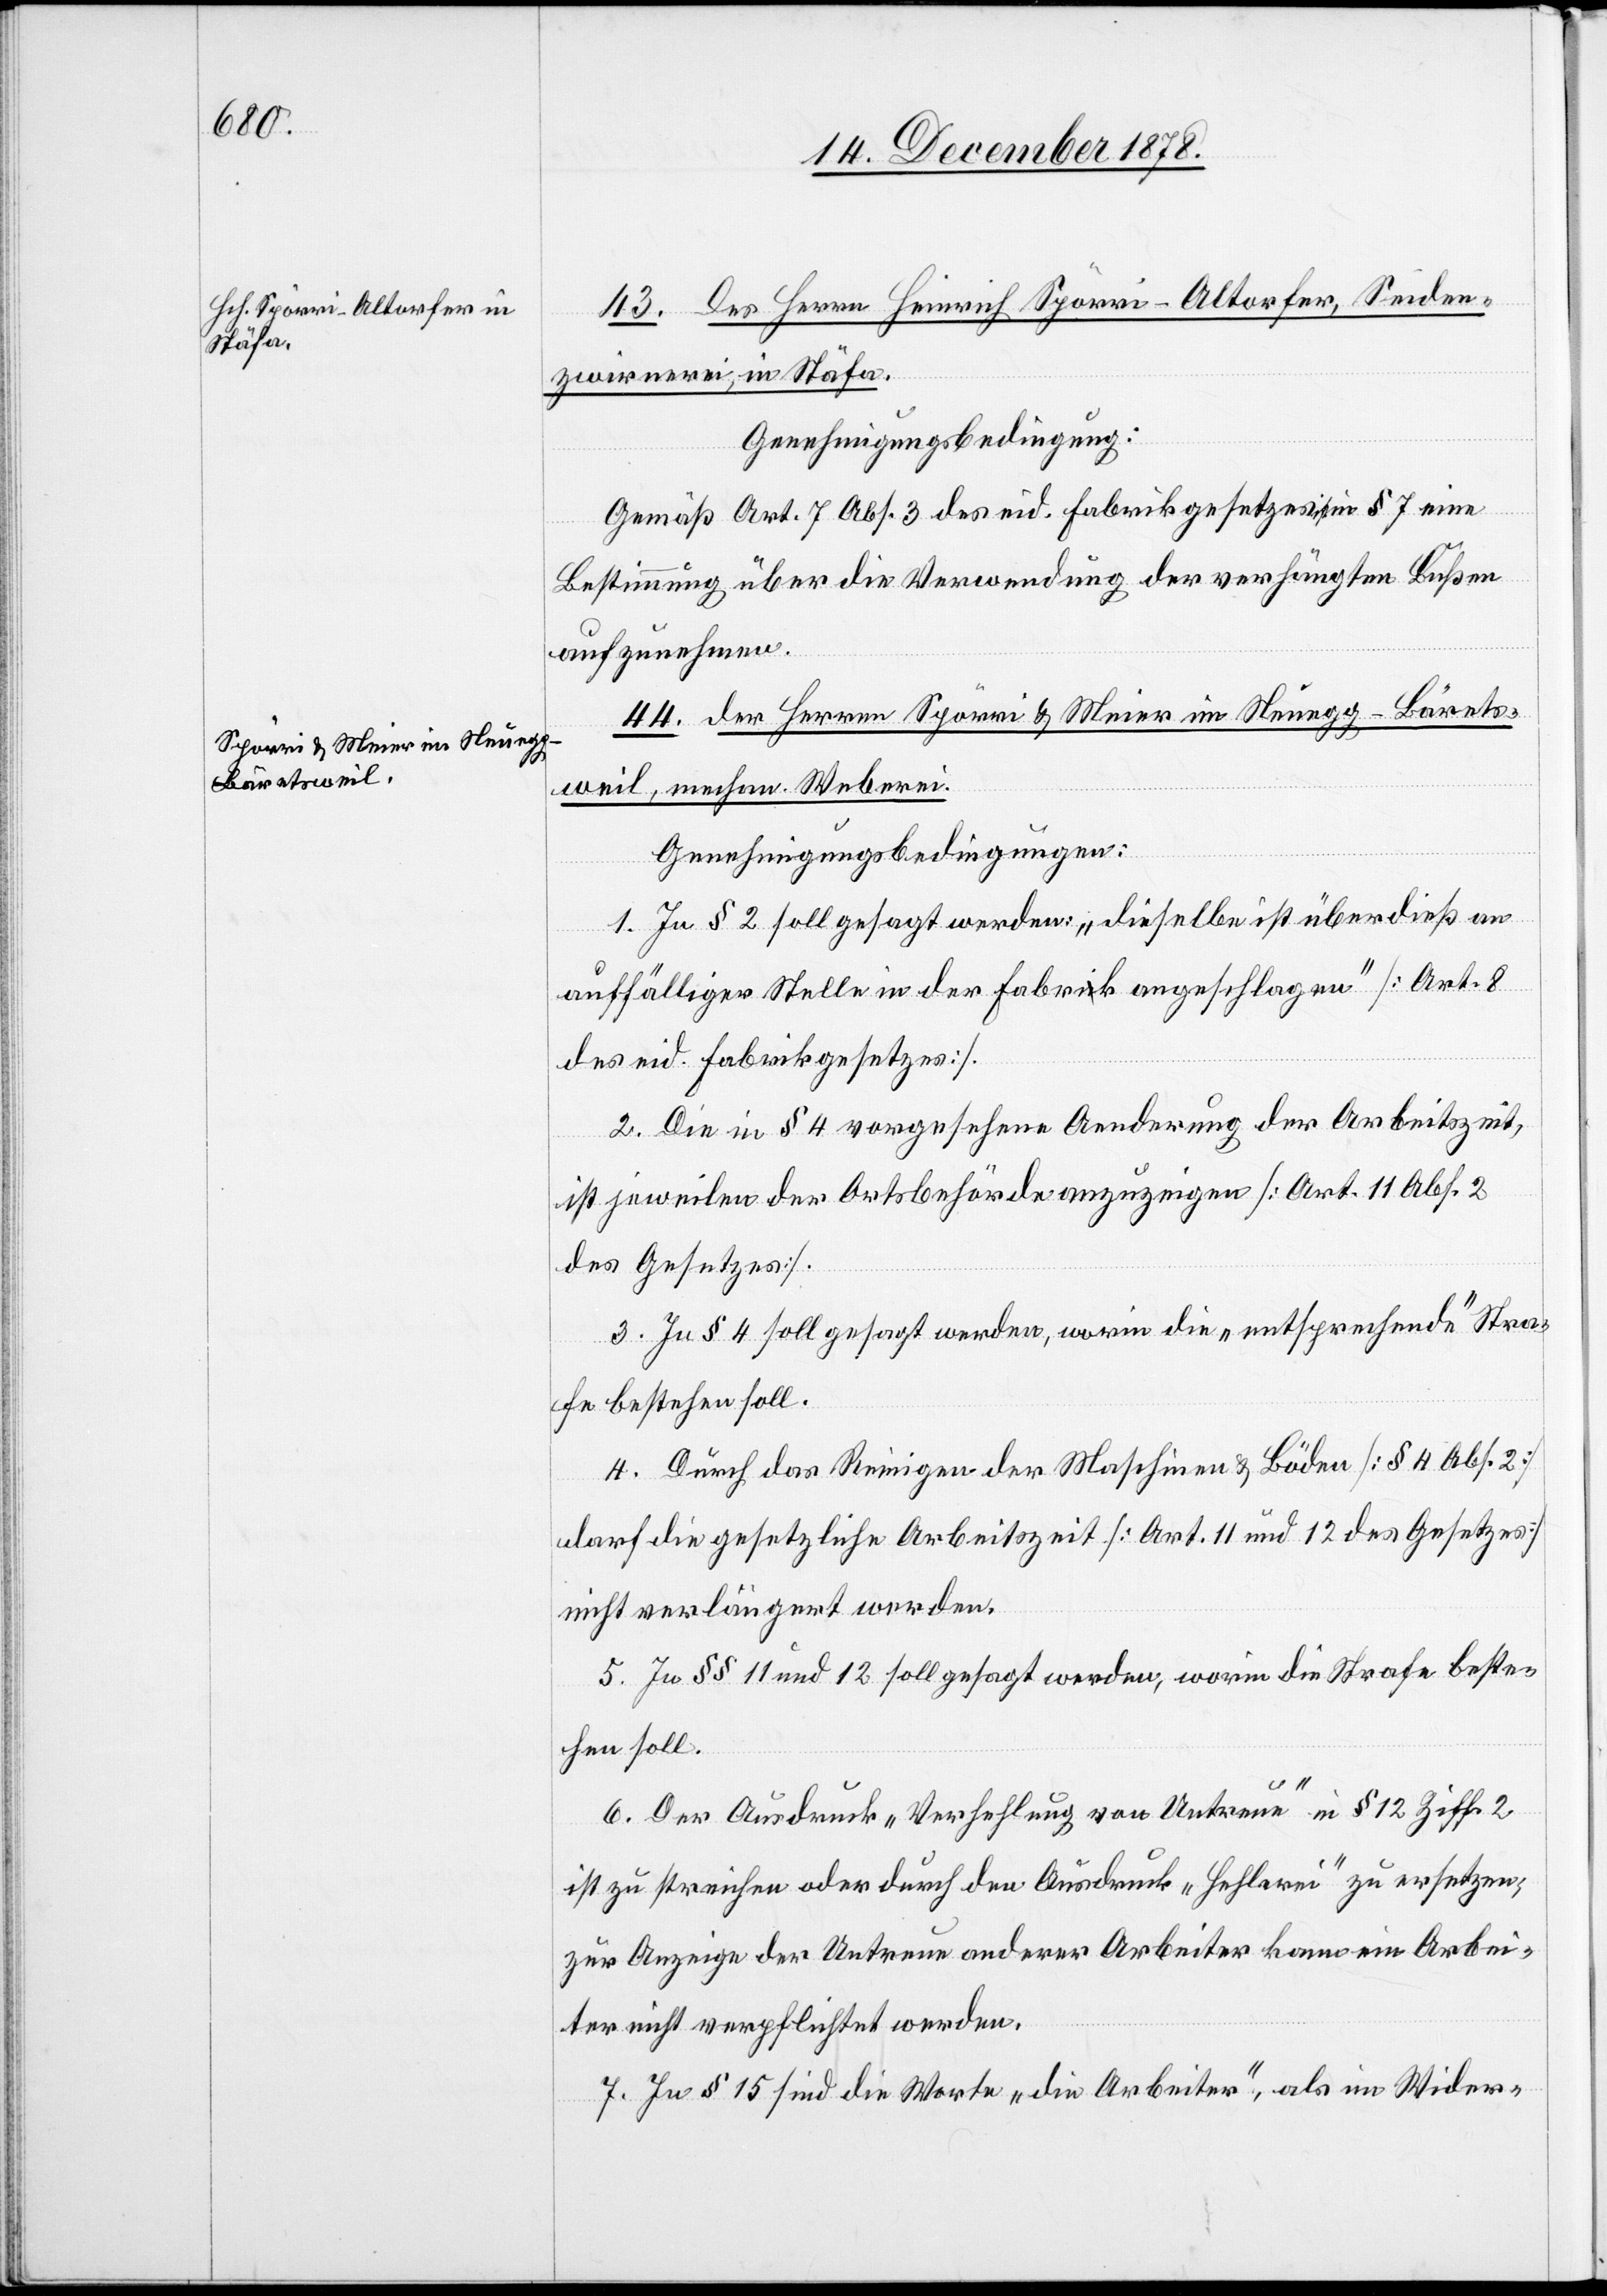
43. des Herrn Heinrich Spörri-Altorfer, Seiden¬
zwirnerei, in Stäfa.
Genehmigungsbedingung:
Gemäß Art. 7 Abs. 3 des eid. Fabrikgesetzes § 7 eine
Bestimmung über die Verwendung der verhängten Bußen
aufzunehmen.
44. des Herren Spörri & Meier im Neuegg - Bärets¬
weil, mechan. Weberei.
Genehmigungsbedingungen:
1. In § 2 soll gesagt werden: „dieselbe ist überdieß an
auffälliger Stelle in der Fabrik angeschlagen“ [Art. 8
des eid. Fabrikgesetzes].
2. Die in § 4 vorgesehene Aenderung der Arbeitszeit,
ist jeweilen der Ortsbehörden anzuzeigen [Art. 11 Abs. 2
des Gesetzes].
3. In § 4 soll gesagt werden, worin die „entsprechende“ Stra¬
fe bestehen soll.
4. Durch das Reinigen der Maschinen & Böden [§ 4 Abs. 2]
darf die gesetzliche Arbeitszeit [Art. 11 und 12 des Gesetzes]
nicht verlängert werden.
5. In §§ 11 und 12 soll gesagt werden, worin die Strafe beste¬
hen soll.
6. Der Ausdruck „Verhehlung von Untreue“ in § 12 Ziff. 2
ist zu streichen oder durch den Ausdruck „Hehlerei“ zu ersetzen;
zur Anzeige der Untreue anderer Arbeiter kann ein Arbei¬
ter nicht verpflichtet werden.
7. In § 15 sind die Worte „die Arbeiter“, als im Wider-